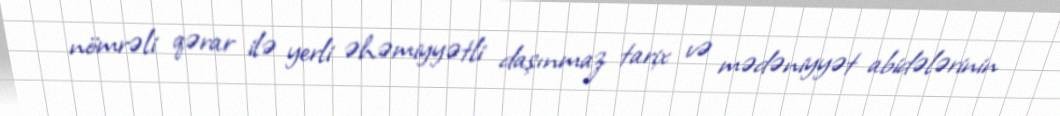
nömrəli qərar ilə yerli əhəmiyyətli daşınmaz tarix və mədəniyyət abidələrinin